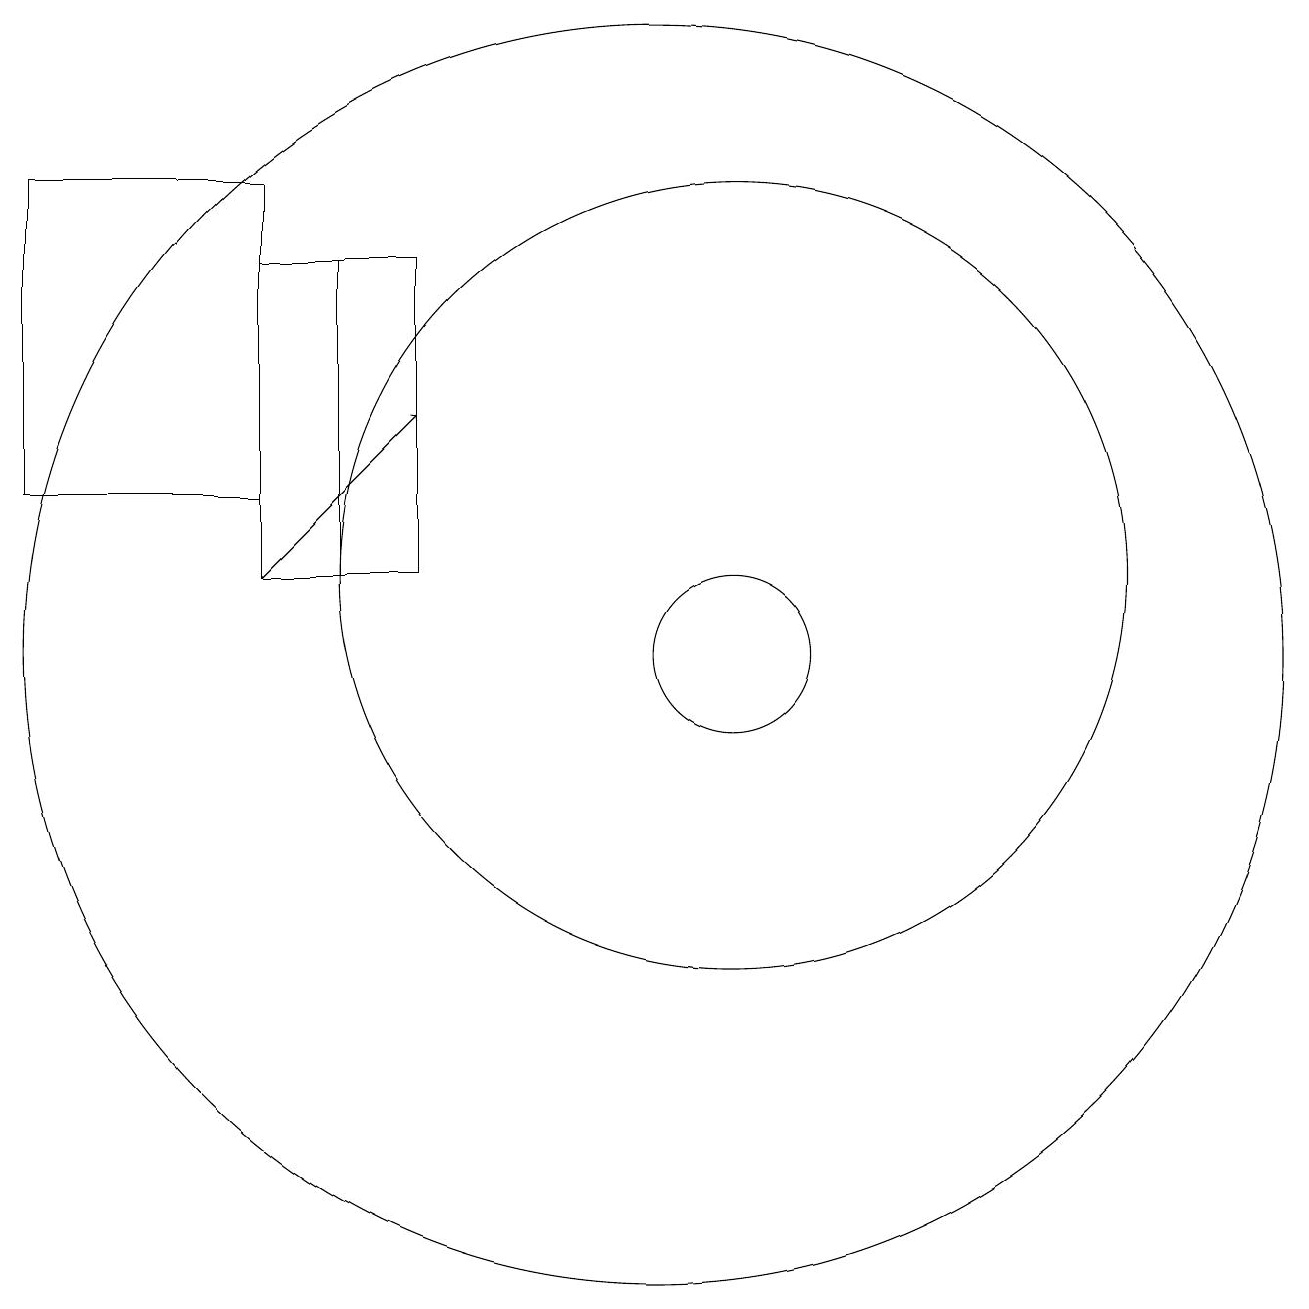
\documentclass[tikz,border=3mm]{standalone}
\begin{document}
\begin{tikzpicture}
\draw (10,10) circle (8);
\draw (5,16) rectangle (2,12);
\draw (7,15) rectangle (5,11);
\draw[->] (5,11) -- (7,13);
\draw (11,11) circle (5);
\draw (5,11) rectangle (6,15);
\draw (11,10) circle (1);
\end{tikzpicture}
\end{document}